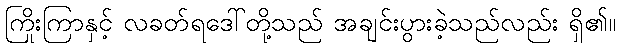
ကြိုးကြာနှင့် လခတ်ရဒေါ်တို့သည် အချင်းပွားခဲ့သည်လည်း ရှိ၏။